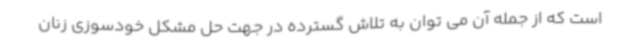
است که از جمله آن می توان به تلاش گسترده در جهت حل مشکل خودسوزی زنان